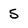
Character: 5